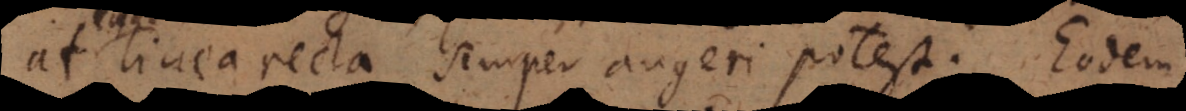
linea recta semper augeri potest. Eodem